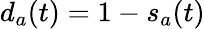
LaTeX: d_{a}(t)=1-s_{a}(t)